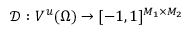
\boldsymbol { \mathcal { D } } : V ^ { u } ( \Omega ) \to [ - 1 , 1 ] ^ { M _ { 1 } \times M _ { 2 } }